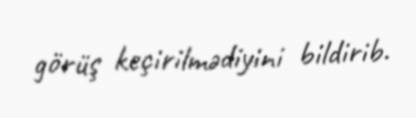
görüş keçirilmədiyini bildirib.